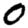
Digit: 0